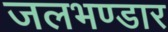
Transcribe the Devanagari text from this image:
जलभण्डार